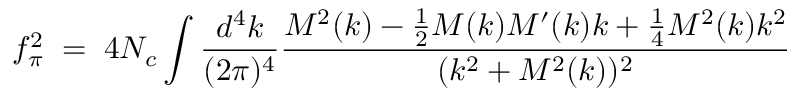
f _ { \pi } ^ { 2 } \; = \; 4 N _ { c } \int \frac { d ^ { 4 } k } { ( 2 \pi ) ^ { 4 } } \frac { M ^ { 2 } ( k ) - \frac 1 2 M ( k ) M ^ { \prime } ( k ) k + \frac 1 4 M ^ { 2 } ( k ) k ^ { 2 } } { ( k ^ { 2 } + M ^ { 2 } ( k ) ) ^ { 2 } }